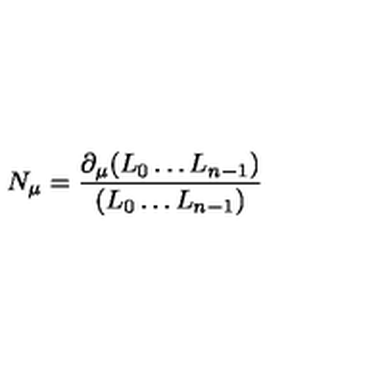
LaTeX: N _ { \mu } = \frac { \partial _ { \mu } ( L _ { 0 } \ldots L _ { n - 1 } ) } { ( L _ { 0 } \ldots L _ { n - 1 } ) }